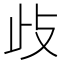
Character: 𭭛